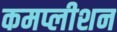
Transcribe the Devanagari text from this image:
कमप्लीशन